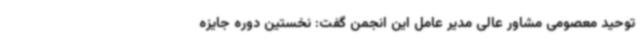
توحید معصومی مشاور عالی مدیر عامل این انجمن گفت: نخستین دوره جایزه